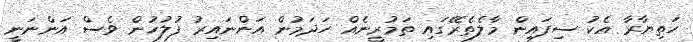
ހަތިޔާރާ އެކު ސިފައިން މާލެތެރޭގައި ތަމުރީނެއް ހަދަމުން އަންނައިރު ފުލުހުން ވެސް އަންނަނީ